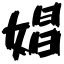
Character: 娼